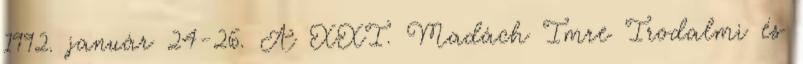
1992. január 24-26. A XXI. Madách Imre Irodalmi és